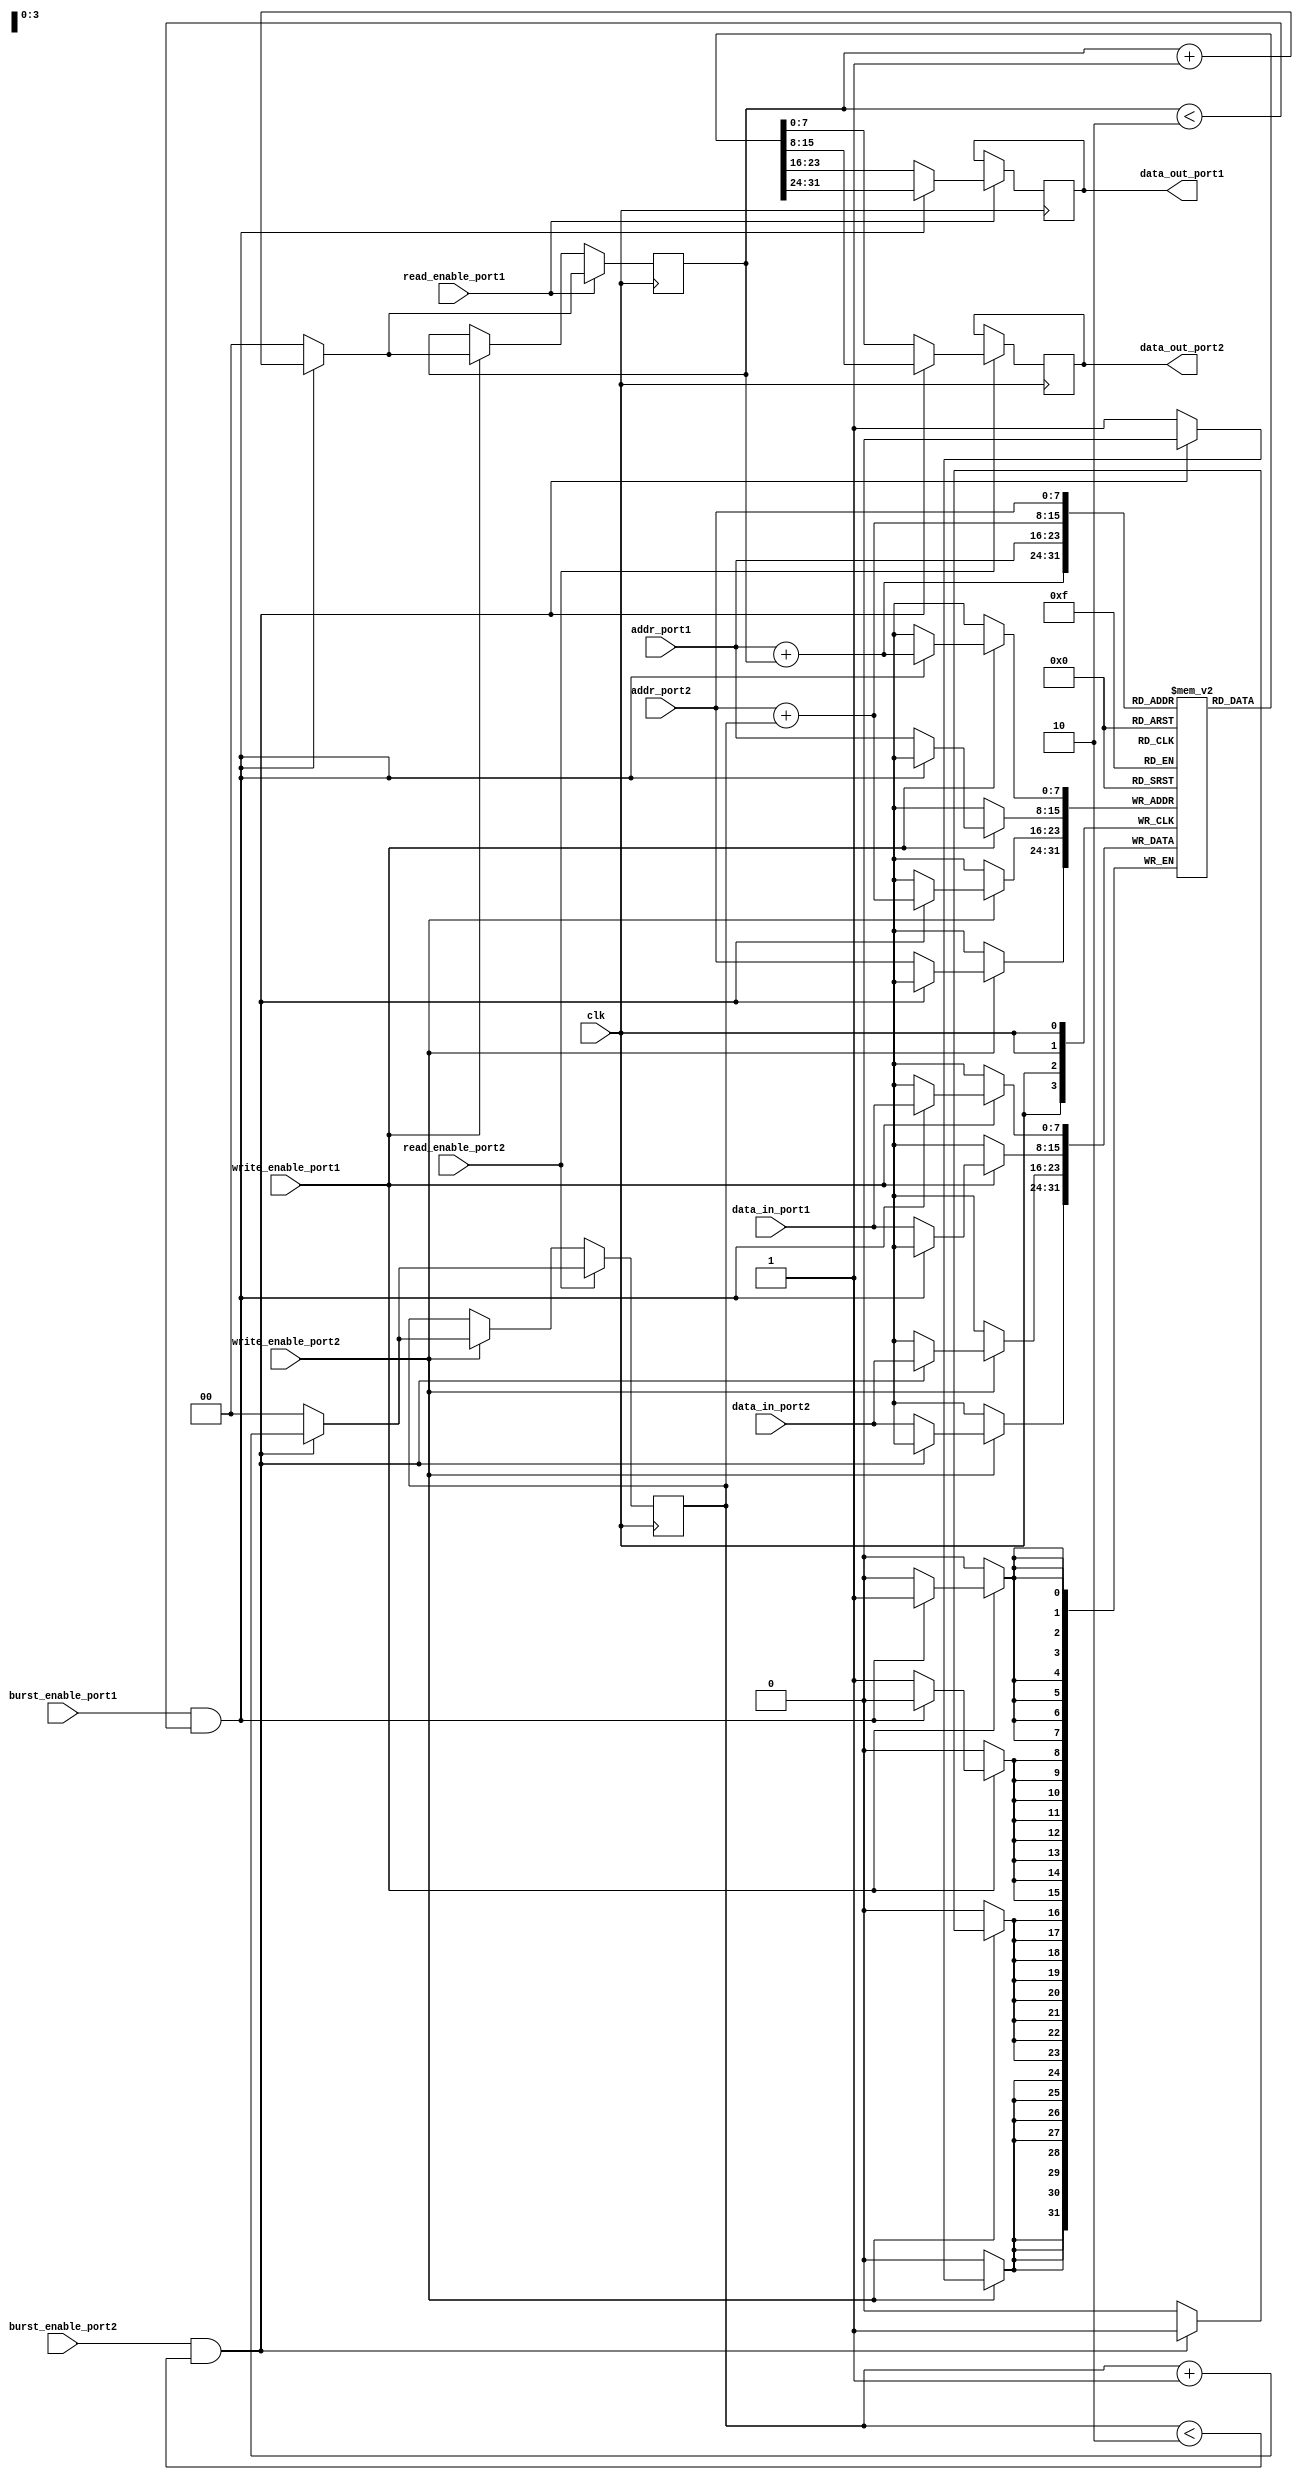
module dual_port_ram (
    input wire clk,
    input wire [7:0] addr_port1,
    input wire [7:0] addr_port2,
    input wire [7:0] data_in_port1,
    input wire [7:0] data_in_port2,
    input wire write_enable_port1,
    input wire write_enable_port2,
    input wire read_enable_port1,
    input wire read_enable_port2,
    input wire burst_enable_port1,
    input wire burst_enable_port2,
    output wire [7:0] data_out_port1,
    output wire [7:0] data_out_port2
);

reg [7:0] memory [0:255];

reg [7:0] data_out1_reg;
reg [7:0] data_out2_reg;
reg [7:0] next_addr1;
reg [7:0] next_addr2;
reg [1:0] count1;
reg [1:0] count2;

always @ (posedge clk) begin
    if (write_enable_port1) begin
        if (burst_enable_port1 && count1 < 2) begin
            memory[addr_port1 + count1] <= data_in_port1;
            count1 <= count1 + 1;
        end else begin
            memory[addr_port1] <= data_in_port1;
            count1 <= 0;
        end
    end
    if (read_enable_port1) begin
        if (burst_enable_port1 && count1 < 2) begin
            data_out1_reg <= memory[addr_port1 + count1];
            count1 <= count1 + 1;
        end else begin
            data_out1_reg <= memory[addr_port1];
            count1 <= 0;
        end
    end
    
    if (write_enable_port2) begin
        if (burst_enable_port2 && count2 < 2) begin
            memory[addr_port2 + count2] <= data_in_port2;
            count2 <= count2 + 1;
        end else begin
            memory[addr_port2] <= data_in_port2;
            count2 <= 0;
        end
    end
    if (read_enable_port2) begin
        if (burst_enable_port2 && count2 < 2) begin
            data_out2_reg <= memory[addr_port2 + count2];
            count2 <= count2 + 1;
        end else begin
            data_out2_reg <= memory[addr_port2];
            count2 <= 0;
        end
    end
end

always @* begin
    data_out_port1 <= data_out1_reg;
    data_out_port2 <= data_out2_reg;
end

endmodule